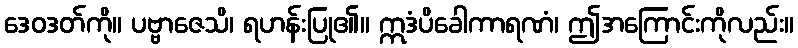
ဒေဝဒတ်ကို။ ပဗ္ဗာဇေသိ၊ ရဟန်းပြု၏။ ဣဒံပိခေါကာရဏံ၊ ဤအကြောင်းကိုလည်း။